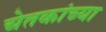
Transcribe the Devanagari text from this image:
चेतकांच्या